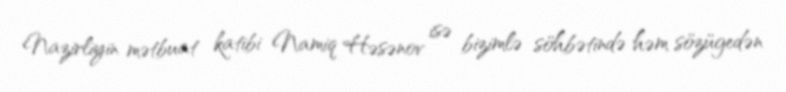
Nazirliyin mətbuat katibi Namiq Həsənov isə bizimlə söhbətində həm sözügedən